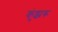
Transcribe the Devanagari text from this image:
कुंझरू